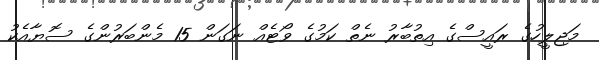
މަޖިލީހުގެ ރައީސްގެ އިތުބާރު ނެތް ކަމުގެ ވޯޓެއް ނަގަން 15 މެންބަރުންގެ ސޮޔާއެކު